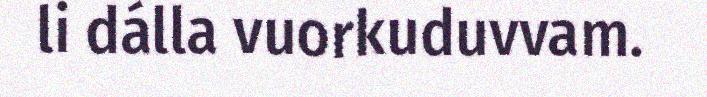
li dálla vuorkuduvvam.